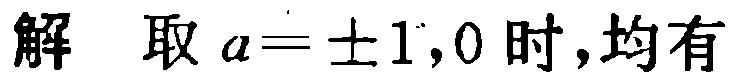
解 取 \(a = \pm 1,0\) 时,均有